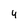
Character: 4